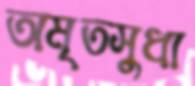
অমৃতসুধা